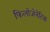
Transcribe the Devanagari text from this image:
फिलोजेनेटिक